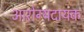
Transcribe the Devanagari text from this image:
आरोग्यदायक